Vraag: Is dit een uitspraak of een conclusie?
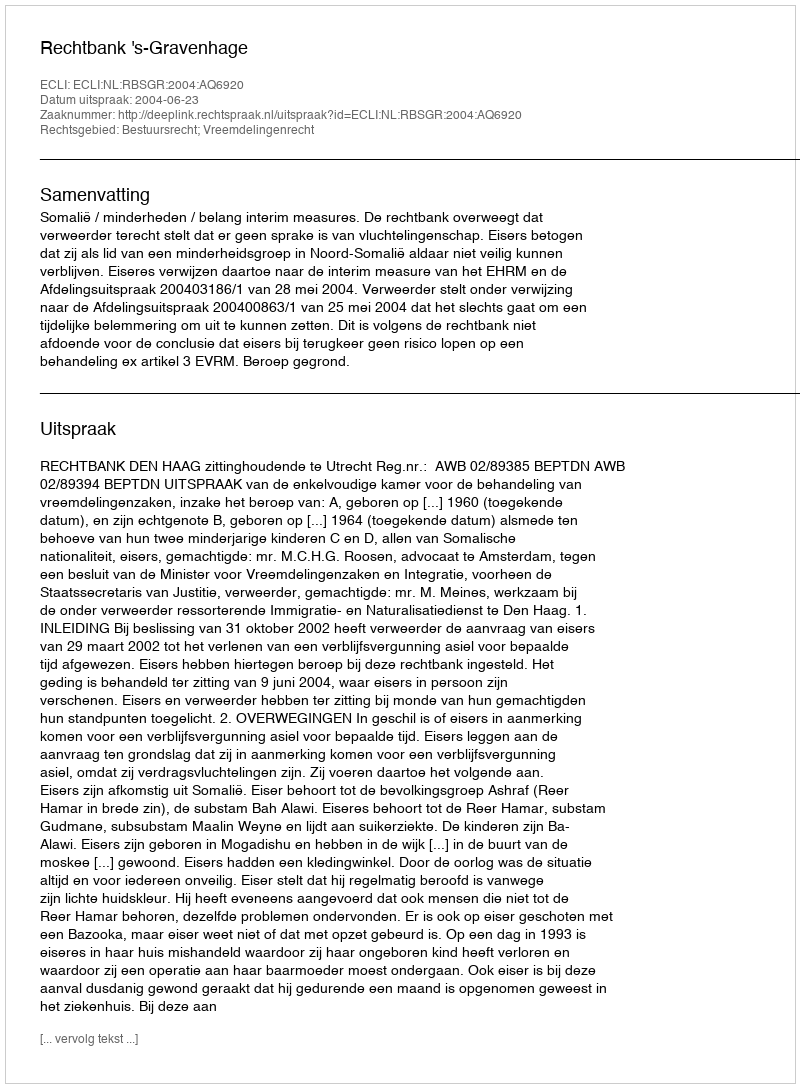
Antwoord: Uitspraak